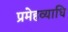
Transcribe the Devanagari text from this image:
प्रमेहव्याधि